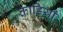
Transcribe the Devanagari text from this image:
काड़ियां